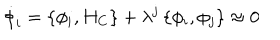
LaTeX: \dot { \phi } _ { i } = \left\{ \phi _ { i } , H _ { C } \right\} + \lambda ^ { j } \left\{ \phi _ { i } , \phi _ { j } \right\} \approx 0